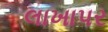
લાખાપર